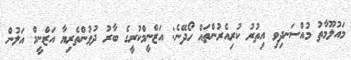
މައުލޫމާތު މުއްސަނދިވި އިތުރު ކުރިއެރުންތައް ހޯދޭނެ: އަޒްނީމްކުރީގެ ބާރު ދުވުންތެރިޔާ އަޒްނީމް އަލުން